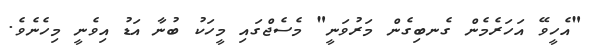
"އެހީވޭ އަހަރެމެން ގެނބިގެން މަރުވަނީ" މެސެޖްގައި މީހަކު ބުނާ އަޑު އިވެނީ މިހެނެވެ.